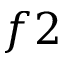
f 2